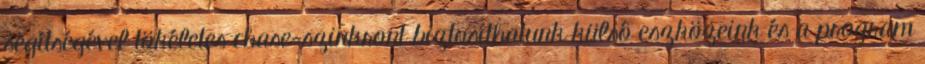
segítségével tökéletes chase-szinkront biztosíthatunk külsô eszközeink és a program